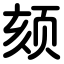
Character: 颏